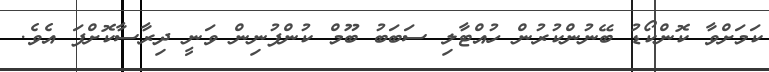
ކަމަށްވާ ކޮންކޯޑު ބޭނުންކުރުން ހުއްޓާލި ސަބަބު ބޫމް ކުންފުނިން ވަނީ ދިރާސާކޮށްފަ އެވެ.